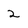
Character: 2